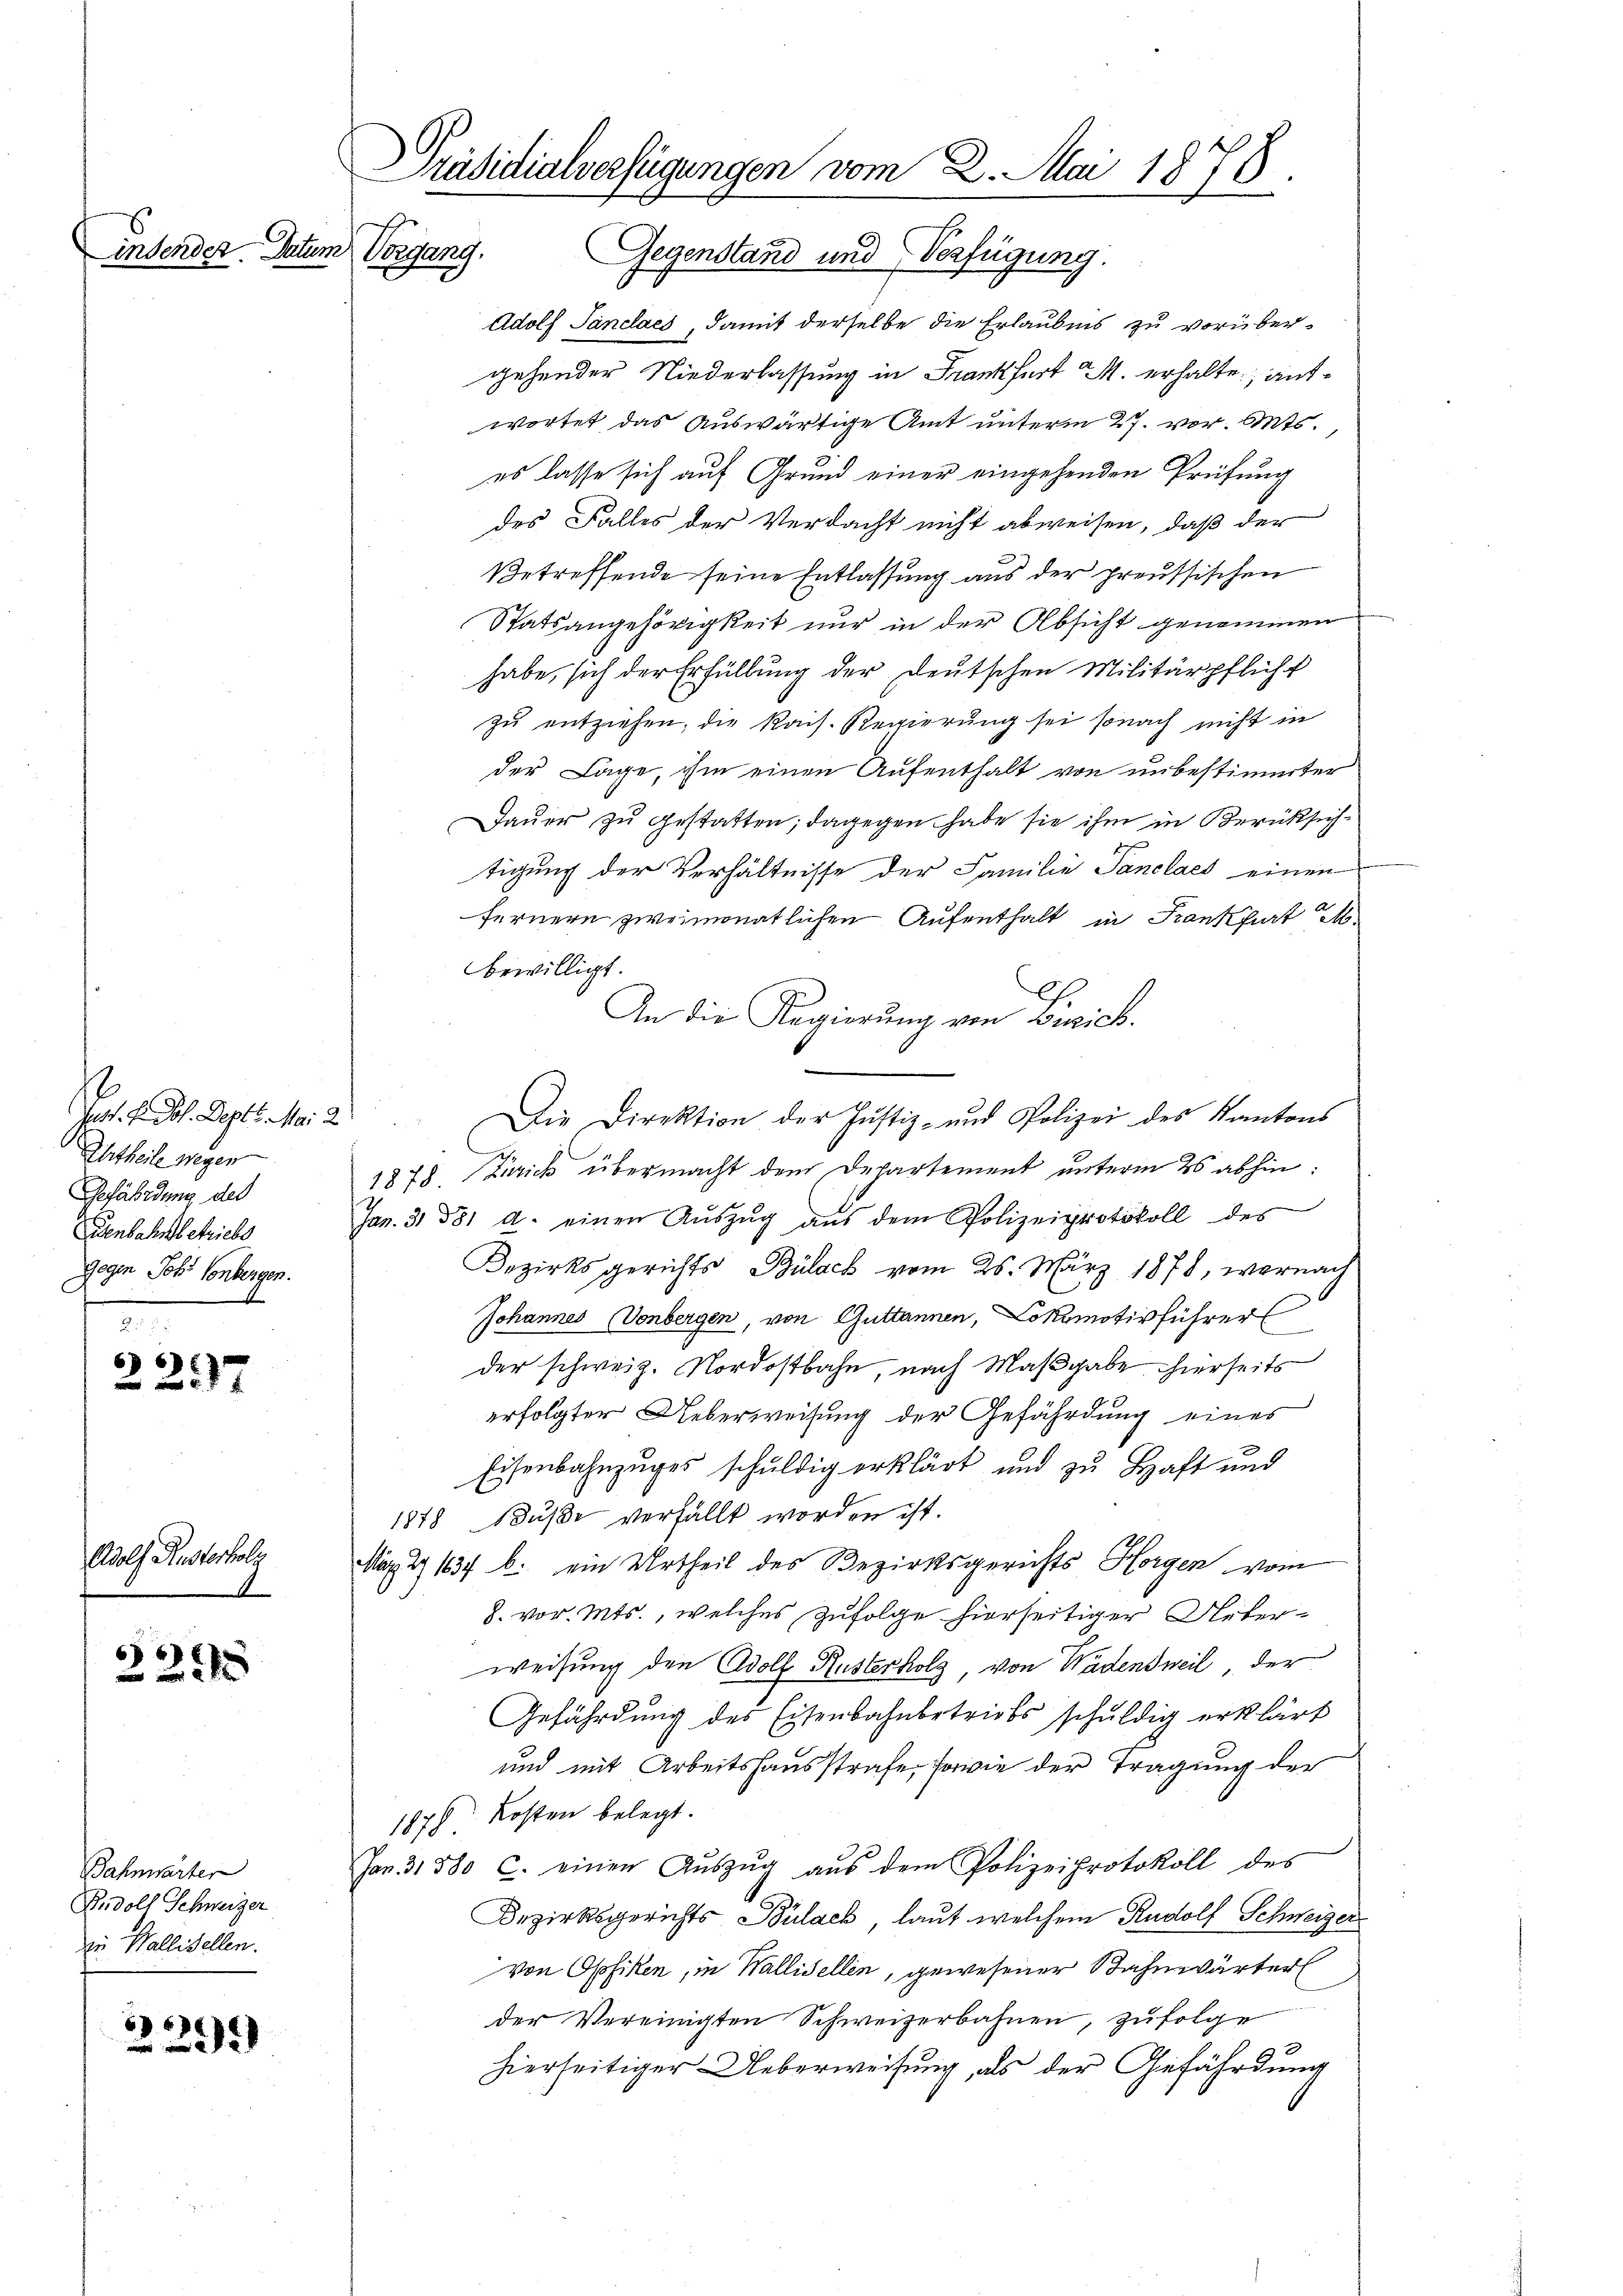
indender. Datum

66) E
37

Jos. Prof. Deptt. Mai 2
Uhrtheile wegen
Gefährdung des
enbahnbetriebs
Gegen Joh. Conbergen.

Adolf Kunsterhole

6 x
x

Bahnwarter
Rudolf Schweizer
zu Wallisellen.

57
EDEME
 xx

Präsidialverfügungen vom 2. Mai 1878.
Vorgang. Gegenstand und Verfügung

Adolf Sanclaes, damit derselbe die Erlaubnis zu vorübergehender Niederlassung in Frankfurt M. erhalte, aufwortet, das Auswärtige Amt unterm 27. vor. Mts.
es lasse sich auf Grund einer eingehenden Prüfung
des Falles der Verdacht nicht abweisen, daß der
Betreffende seine Entlassung aus der preussischen
Statsangehörigkeit nur in der Absicht genommen
habe, sich der Erfüllung der Deutschen Militärpflicht
zŭ entziehen, die Rais. Regierung sei sonach nicht in
der Lage, ihm einen Aufenthalt von unbestimmter
Dauer zu gestatten; dagegen habe sie ihm in Berücksich
tigung der Verhältnisse der Familie Panclaces einen
fernern zweimonatlichen Aufenthalt in Krankfurt M.
bewilligt.
An die Regierŭng von Zürich.
Die Direktion der Justiz- und Polizei des Kantons
1878 Zürich übermacht dem Departement unterm 26 abhin:
Jan. 31881 u. einen Aŭszŭg aŭs dem Polizeiprotokoll des
Bezirksgerichts Bülach vom 25. März 1878, wornach
Johannes Vonbergen, von Guttannen, Lokomotivführer
der schweiz. Nordostbahn, nach Maßgabe hierseits
erfolgter Ueberweisung der Gefährdung eines
Eisenbahnzuges schuldig erklärt und zu Haft und
1878 Buße verfällt worden ist.
Mäz Z 1637 b. ein Urtheil des Bezirksgerichts Horgen vom
8. vor. Mts., welches Zufolge hierseitiger Ueberweisung den Adolf Kusterholz, von Wädensweil der
Gefährdung des Eisenbahnbetriebs schuldig erklärt
und mit Arbeitshausstrafe, sowie der Tragung der
Kosten belegt.
1870
Jan. 31380 c. einen Aŭszŭg aŭs dem Polizeiprotokoll des
Bezirksgerichts Bülach, laut welchem Rudolf Schweizervon Opfiken, in Wallisellen, gewesener Bahnwärter
der Vereinigten Schweizerbahnen, zufolge
hierseitiger Ueberweisung, als der Gefährdung